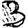
Digit: 3